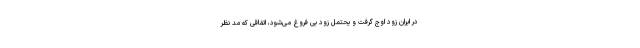
در ایران زود اوج گرفت و یحتمل زود بی فروغ می‌شود، اتفاقی که مد نظر